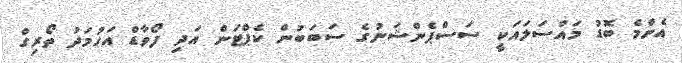
އެންމެ ބޮޑު މައްސަލައަކީ ސަސްޕެންޝަނުގެ ސަބަބުން ކެޕްޓަން އަދި ފޯވާޑް އަހުމަދު ތޯރިގް